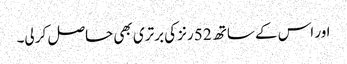
اور اس کے ساتھ 52 رنز کی برتری بھی حاصل کر لی۔